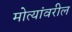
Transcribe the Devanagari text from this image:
मोत्यांवरील